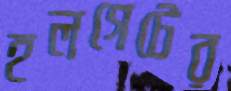
হলগেটের